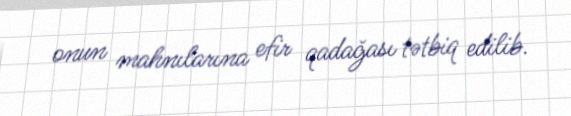
onun mahnılarına efir qadağası tətbiq edilib.